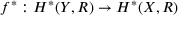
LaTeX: f ^ { * } : H ^ { * } ( Y , R ) \to H ^ { * } ( X , R )